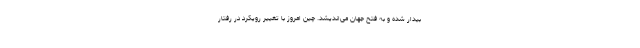
بیدار شده و به فتح جهان می‌اندیشد. چین امروز با تغییر رویکرد در رفتار